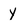
Character: Y